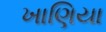
ખાણિયા